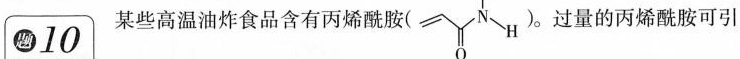
题 10 某些高温油炸食品含有丙烯酰胺。过量的丙烯酰胺可引